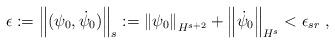
LaTeX: \begin{align*} \epsilon:=\left\|(\psi_0,\dot\psi_0)\right\|_s:=\left\|\psi_0\right\|_{H^{s+2}}+\left\|\dot \psi_0\right\|_{H^{s}}<\epsilon_{sr}\ , \end{align*}